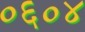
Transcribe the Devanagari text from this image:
०६०४